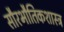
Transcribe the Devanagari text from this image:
सौरभौतिकशास्त्र